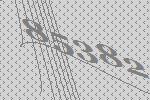
85382